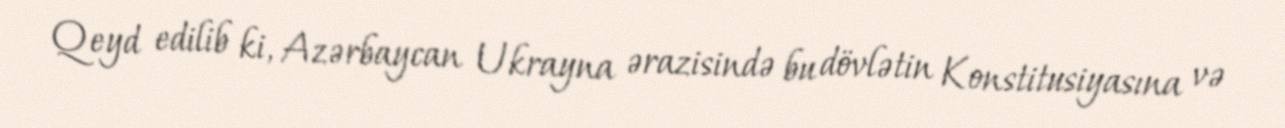
Qeyd edilib ki, Azərbaycan Ukrayna ərazisində bu dövlətin Konstitusiyasına və